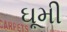
ઘૂમી